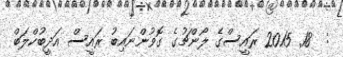
:  18